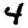
Digit: 4